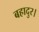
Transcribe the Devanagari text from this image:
बहादुर।